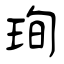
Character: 珣